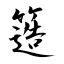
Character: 簉